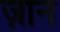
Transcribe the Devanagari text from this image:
ज़ान